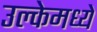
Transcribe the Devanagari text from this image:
उल्केमध्ये